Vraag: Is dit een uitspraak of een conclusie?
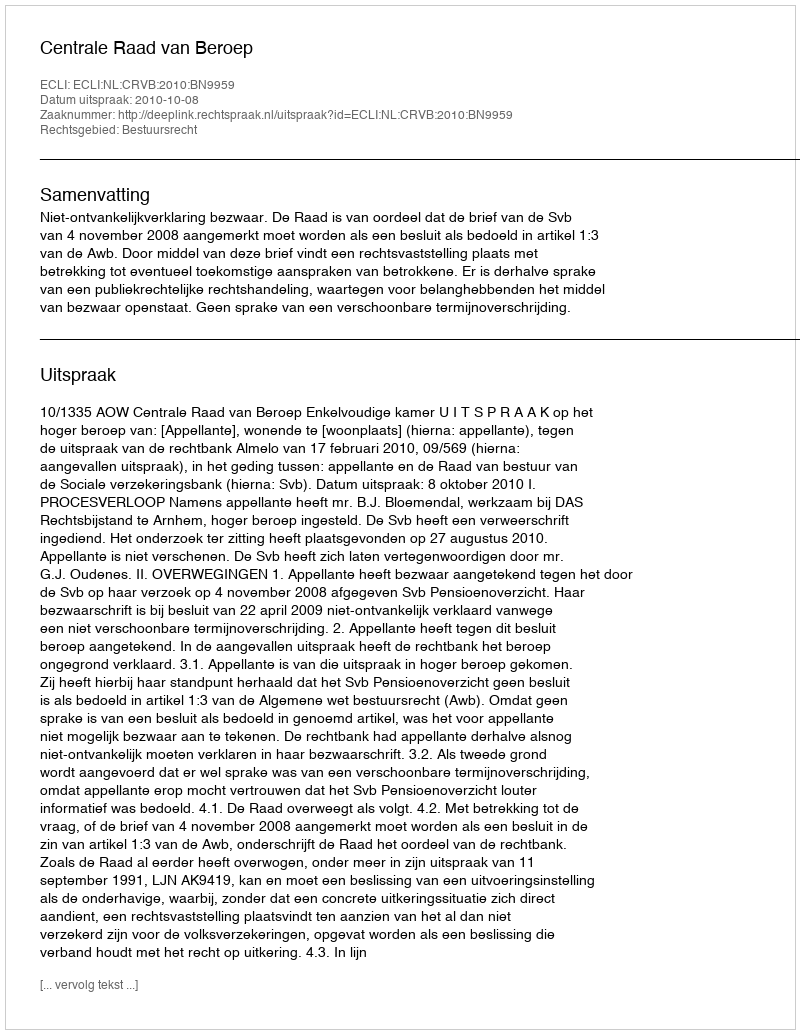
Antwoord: Uitspraak